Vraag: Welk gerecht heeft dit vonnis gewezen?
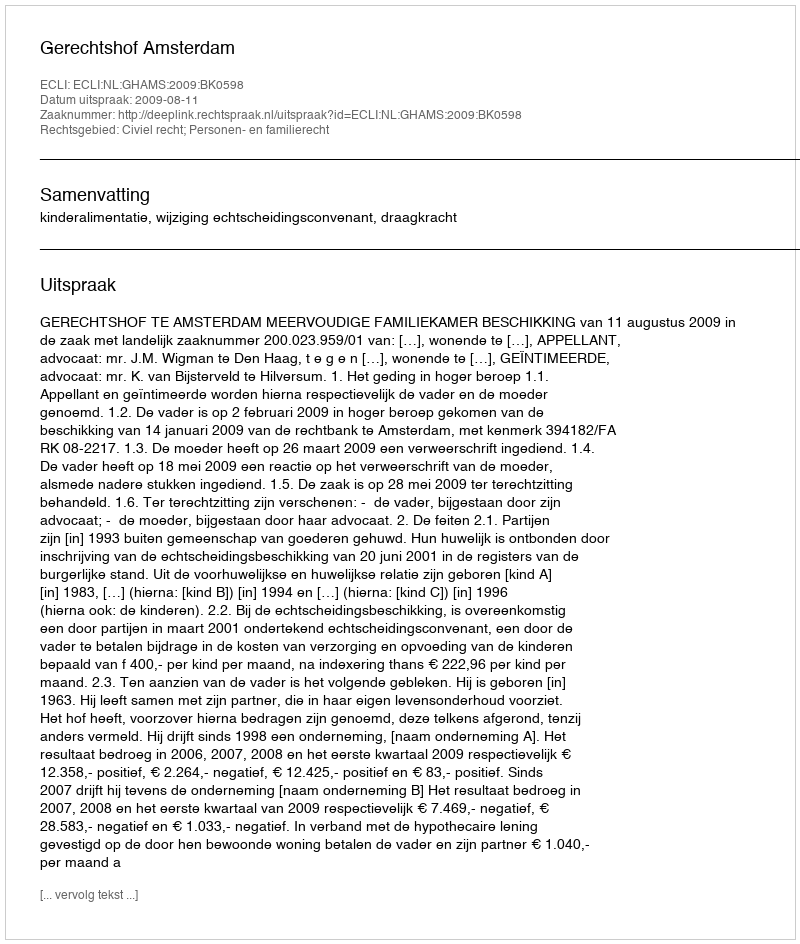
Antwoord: Gerechtshof Amsterdam